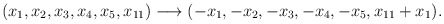
\begin{align*}(x_1,x_2,x_3,x_4,x_5,x_{11})\longrightarrow(-x_1,-x_2,-x_3,-x_4,-x_5,x_{11}+x_1).\end{align*}